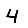
Digit: 4